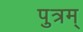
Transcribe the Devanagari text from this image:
पुत्रम्‌